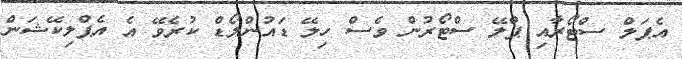
އެޕަލް ސްޓޯރާއި ޕްލޭ ސްޓޯރުން ވެސް ހިލޭ ޑައުންލޯޑް ކުރެވޭ އެ އެޕްލިކޭޝަން